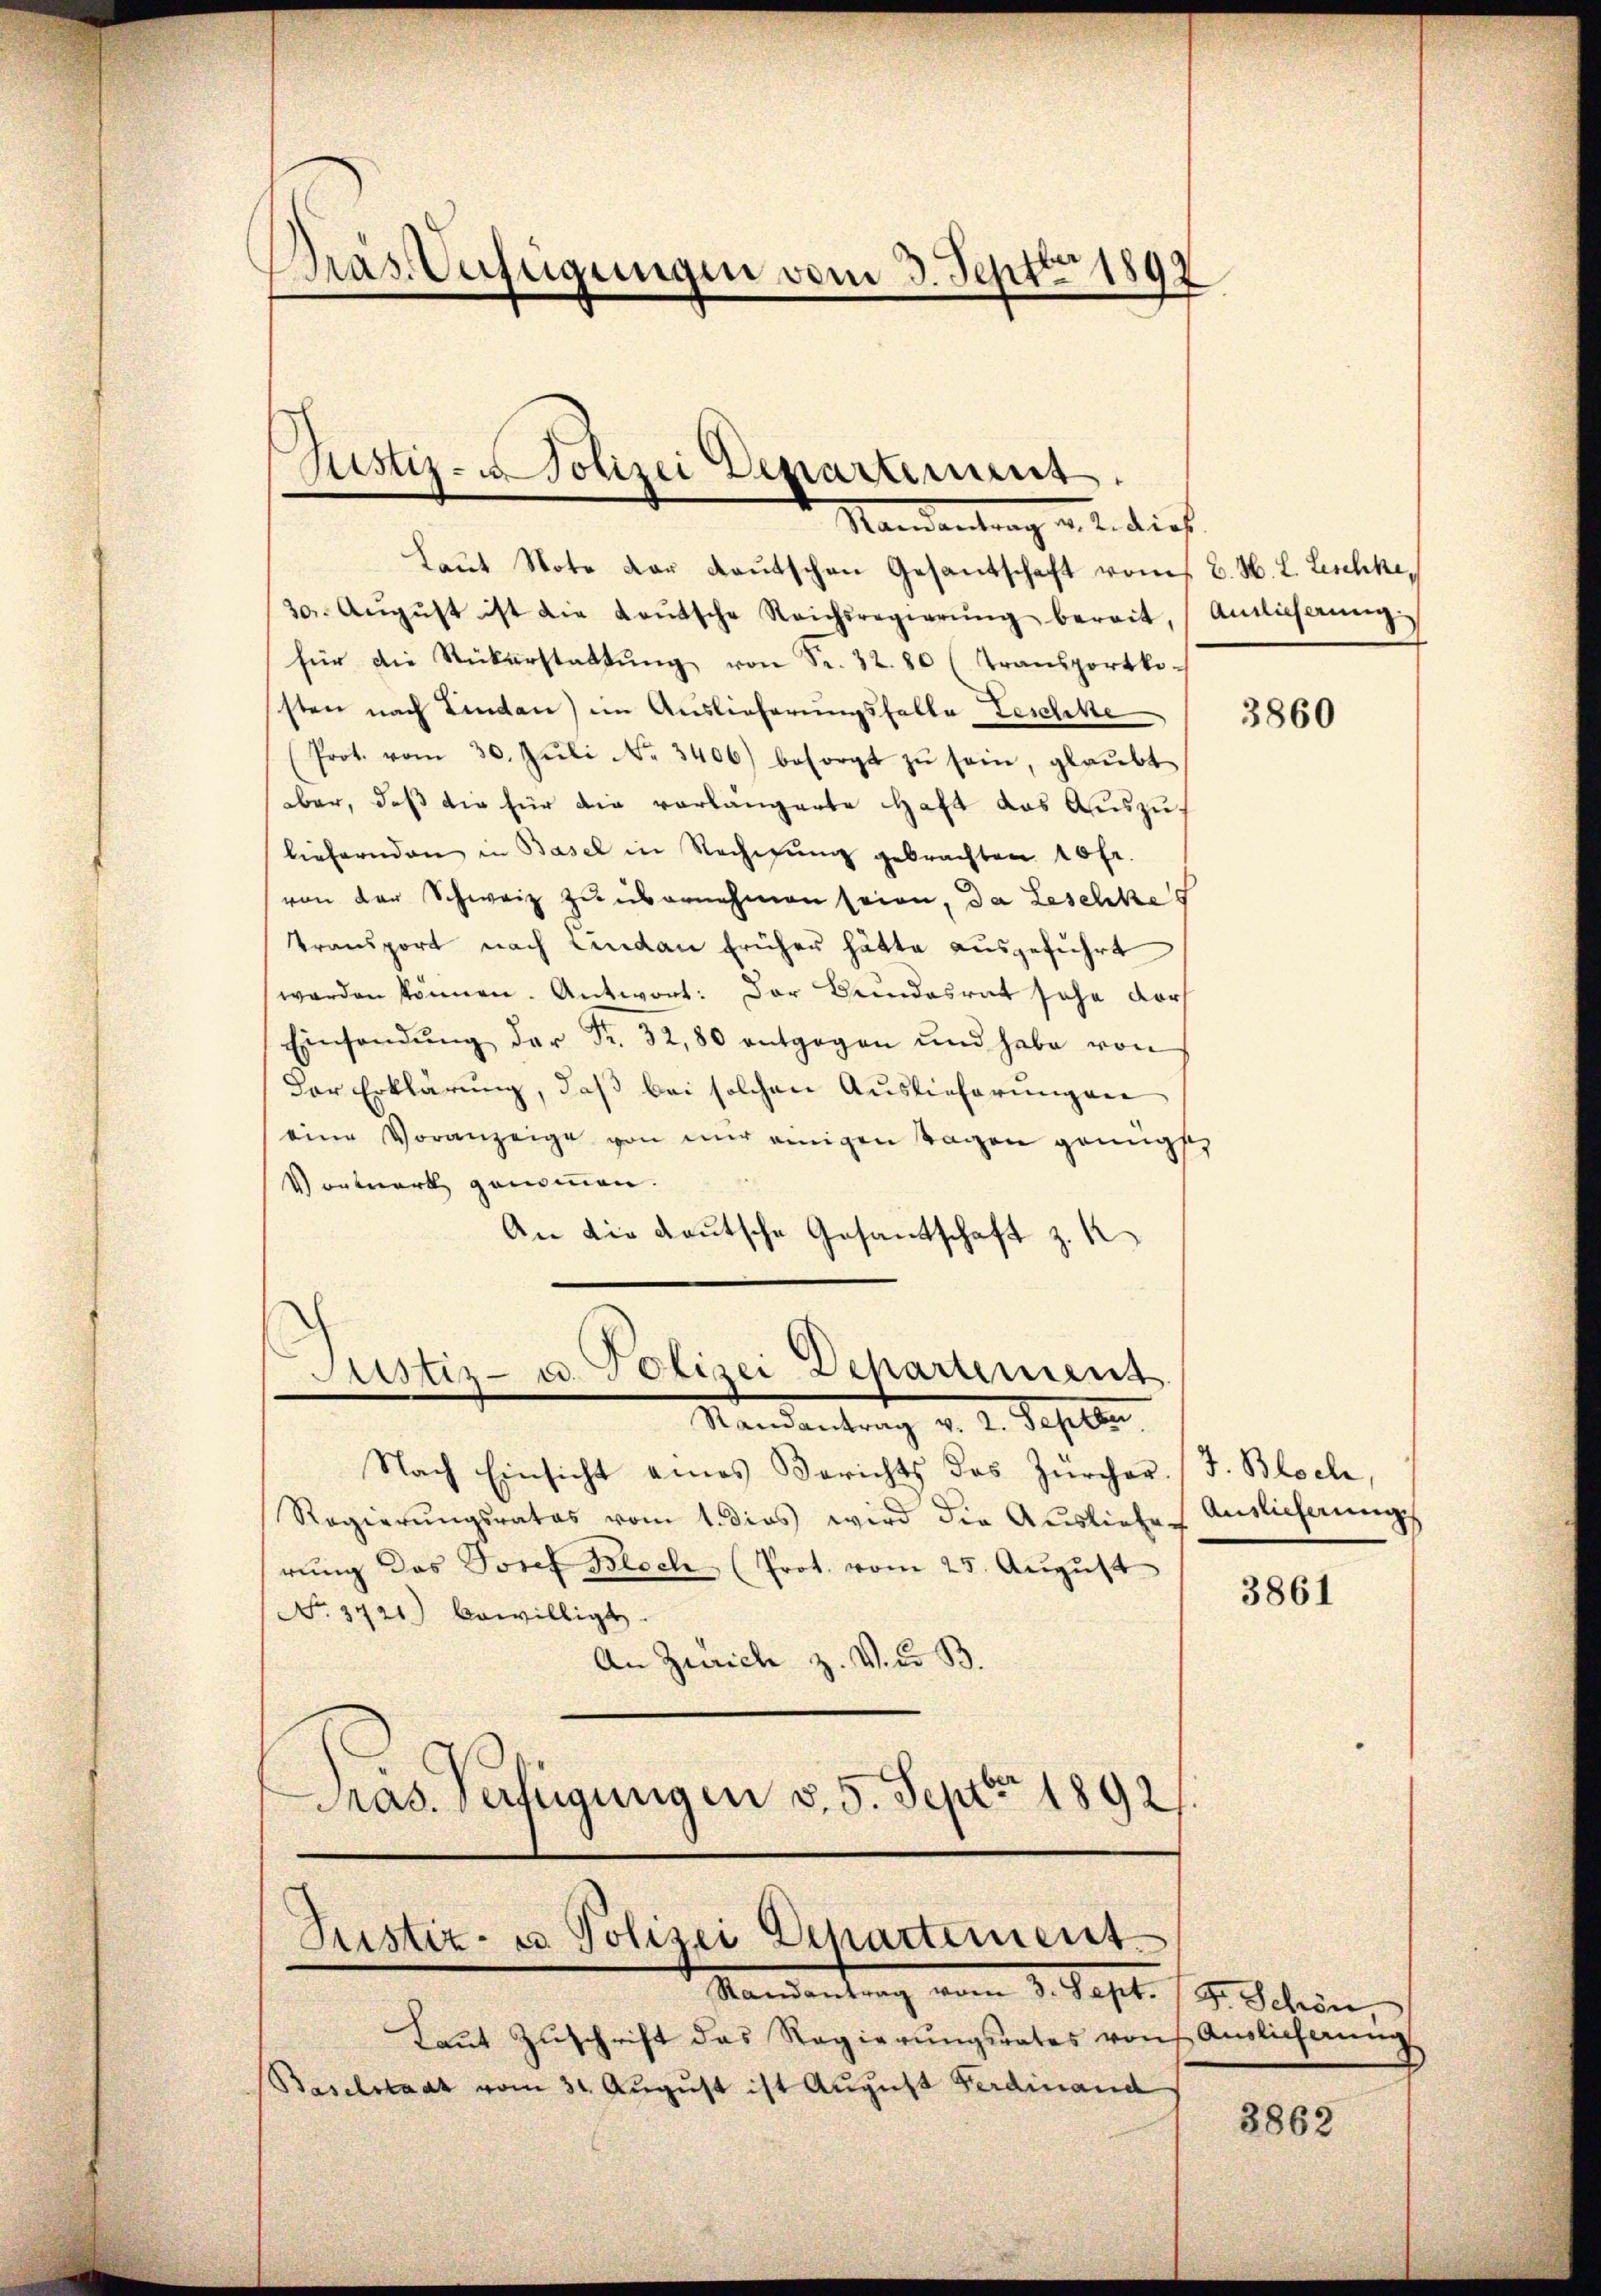
Präs. Verfügungen vom 3. Sept. 1897

Justiz- u Polizei Departement.

Mandantrag a. b. dies
Laŭt Note dar deutschen Gesantschaft vom 7. B. H. L. Zschke¬
30. Aŭgŭst ist die Laŭtsche Reichsregierŭng bereit, Antlicherŭng
für die Rükerstattŭng von Fr. 32. 80 (Transportkosten nach Lindau) im Auslieferungsfalle Geschle
Prot. vom 30. Jŭli No. 3406) besorgt zŭ sein, glaŭbt
aber, daß die für die vorlängerte Haft das Auszuliefernden in Basel in Rechnŭng gebrachten 10 fr.
von der Schweiz zu übernehmen seien, da Lesenhe
transport nach Lindau früher hätte ausgeführt
werden können. Antwort: Der Bundesrat sehe darf
Einsendŭng der Fr. 32, 80 entgegen und habe von
Der Erklärung, daß bei solchen Auslieferungen
eine Voranzeige von mir einigen Tagen genügt,
Vonmerk genommen.
An die deutsche Gesandtschaft z. K
Justiz- u. Polizei Departement
Mandantrag v. 2. Sept.
Nach Einsicht eines Berichts das Zürcher. (T. Bloch,
Regierungsrates vom 1. dies wird die Ausliefer
rŭng das Josef Bloch (Prot. vom 25. August
No. 3721) bewilligt.
An Zürich z. V. d. B.
Präs. Verfügungen v. 5. Sept 1892

Justiz- u Polizei Departement
Mandantrag vom 3. Sept. 18. Schön,

Laŭt Zŭschrift das Regierŭngsrates von Auslicherŭng
Baselstaat vom 31. August ist August Ferdinand

3860

Auslieferung

3861

3862